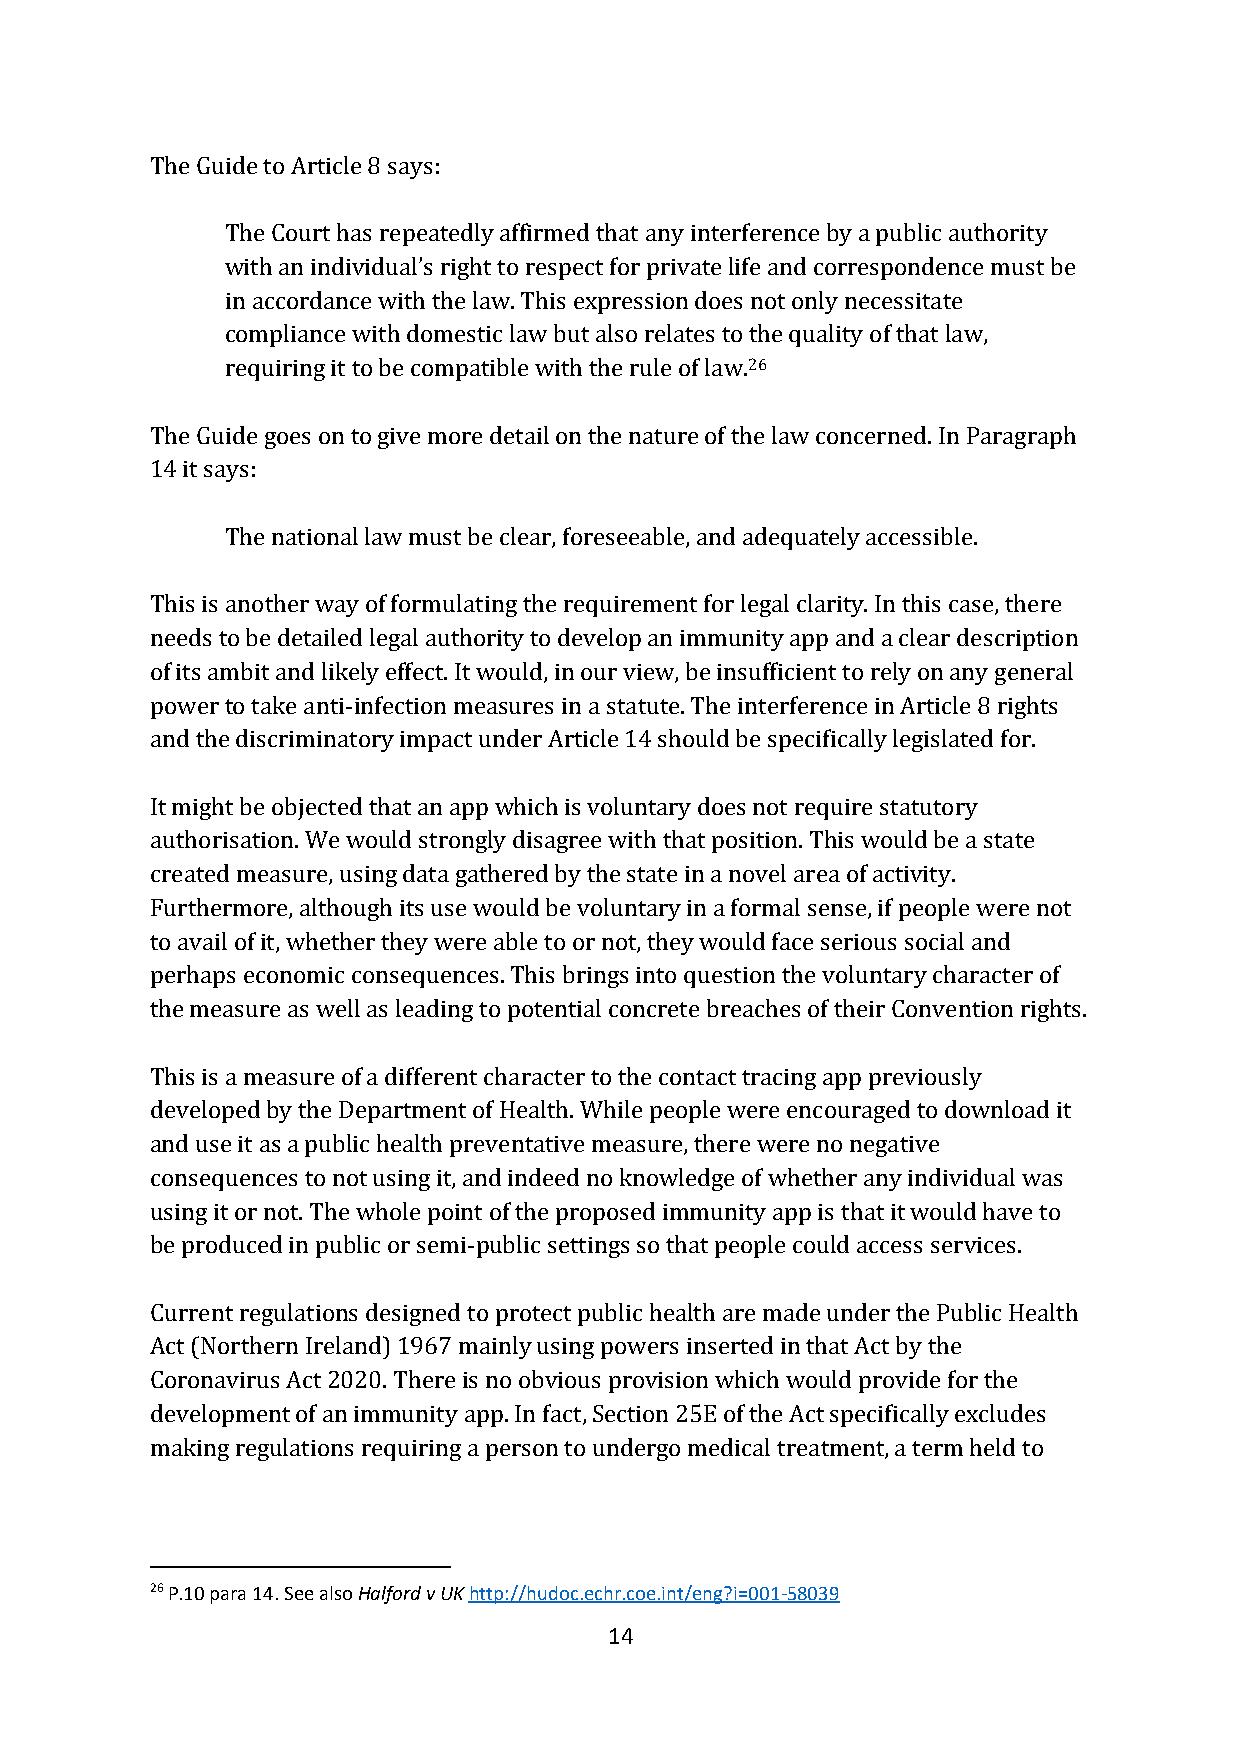
The Guide to Article 8 says:
 The Court has repeatedly affirmed that any interference by a public authority
 with an individual’s right to respect for private life and correspondence must be
 in accordance with the law. This expression does not only necessitate
 compliance with domestic law but also relates to the quality of that law,
 requiring it to be compatible with the rule of law.26
 The Guide goes on to give more detail on the nature of the law concerned. In Paragraph
 14 it says:
 The national law must be clear, foreseeable, and adequately accessible.
 This is another way of formulating the requirement for legal clarity. In this case, there
 needs to be detailed legal authority to develop an immunity app and a clear description
 of its ambit and likely effect. It would, in our view, be insufficient to rely on any general
 power to take anti-infection measures in a statute. The interference in Article 8 rights
 and the discriminatory impact under Article 14 should be specifically legislated for.
 It might be objected that an app which is voluntary does not require statutory
 authorisation. We would strongly disagree with that position. This would be a state
 created measure, using data gathered by the state in a novel area of activity.
 Furthermore, although its use would be voluntary in a formal sense, if people were not
 to avail of it, whether they were able to or not, they would face serious social and
 perhaps economic consequences. This brings into question the voluntary character of
 the measure as well as leading to potential concrete breaches of their Convention rights.
 This is a measure of a different character to the contact tracing app previously
 developed by the Department of Health. While people were encouraged to download it
 and use it as a public health preventative measure, there were no negative
 consequences to not using it, and indeed no knowledge of whether any individual was
 using it or not. The whole point of the proposed immunity app is that it would have to
 be produced in public or semi-public settings so that people could access services.
 Current regulations designed to protect public health are made under the Public Health
 Act (Northern Ireland) 1967 mainly using powers inserted in that Act by the
 Coronavirus Act 2020. There is no obvious provision which would provide for the
 development of an immunity app. In fact, Section 25E of the Act specifically excludes
 making regulations requiring a person to undergo medical treatment, a term held to
 26 P.10 para 14. See also Halford v UK http://hudoc.echr.coe.int/eng?i=001-58039
 14